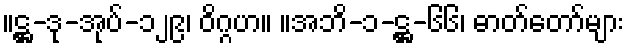
။ဋ္ဌ-ဒု-အုပ်-၁၂၉၊ ဝိဂ္ဂဟ။ ။အဘိ-၁-ဋ္ဌ-၆၆၊ ဓာတ်တော်များ